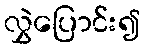
လွှဲပြောင်း၍